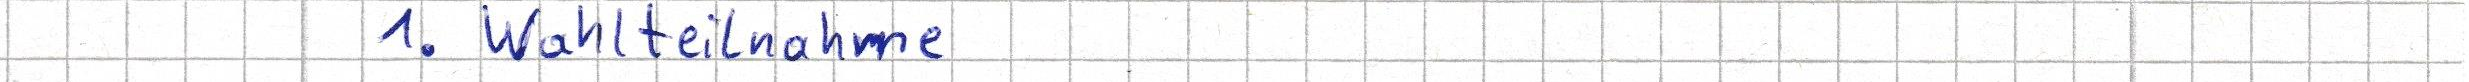
1. Wahlteilnahme